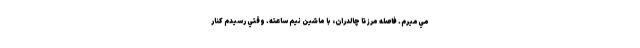
مي‌ميرم. فاصله مرز تا چالدران، با ماشين نيم ساعته. وقتي رسيدم كنار